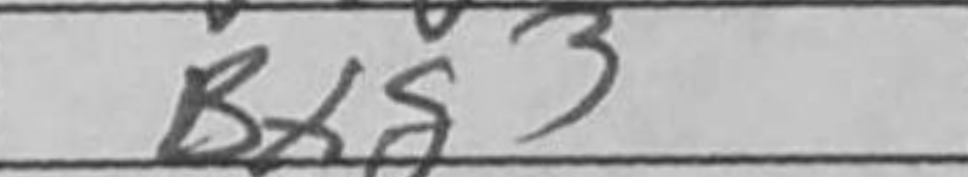
Transcription: Bxg3